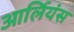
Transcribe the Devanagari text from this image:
आर्लियंस